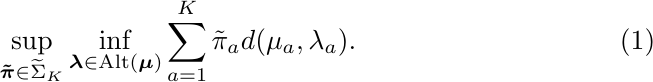
\begin{align}\label{eq:lower-bound-time-ours-2}
\sup_{\boldsymbol{\tilde{\pi}} \in \widetilde{\Sigma}_K} \inf_{\boldsymbol{\lambda} \in \textrm{Alt}(\boldsymbol{\mu})} \sum_{a=1}^K \tilde{\pi}_a d(\mu_a, \lambda_a).
\end{align}